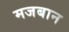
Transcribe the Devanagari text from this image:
मजबान